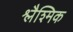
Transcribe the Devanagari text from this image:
श्लैश्मिक